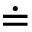
\doteq